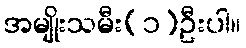
အမျိုးသမီး(၁)ဦးပါ။